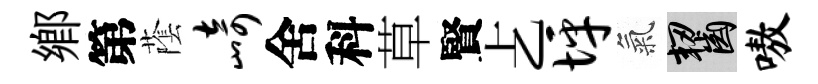
鄉第䕃崎舍科草賢𠧒坪氣齧嗷